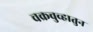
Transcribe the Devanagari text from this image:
चक्रवुव्हातुन